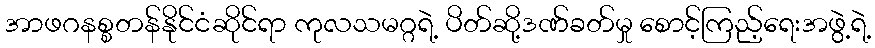
အာဖဂနစ္စတန်နိုင်ငံဆိုင်ရာ ကုလသမဂ္ဂရဲ့ ပိတ်ဆို့ဒဏ်ခတ်မှု စောင့်ကြည့်ရေးအဖွဲ့ရဲ့